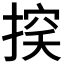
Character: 𢰃